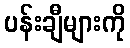
ပန်းချီများကို